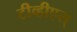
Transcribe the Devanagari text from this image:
टीव्हीएस्